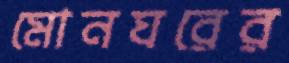
মোনঘরের